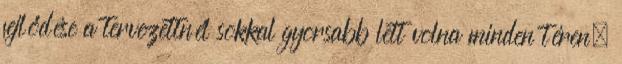
fejlődése a tervezettnél sokkal gyorsabb lett volna minden téren.